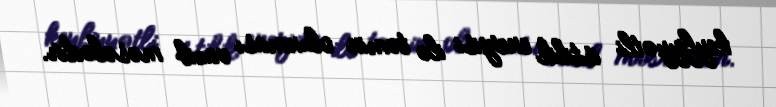
keyfiyyətli istilik enerjisi ilə təmin olunması vacib məsələdir.